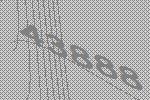
43888